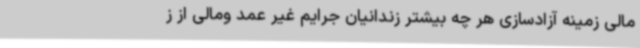
مالی زمینه آزادسازی هر چه بیشتر زندانیان جرایم غیر عمد ومالی از ز